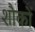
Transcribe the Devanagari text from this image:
शौकों